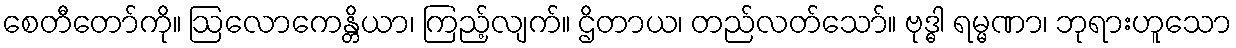
စေတီတော်ကို။ ဩလောကေန္တိယာ၊ ကြည့်လျက်။ ဌိတာယ၊ တည်လတ်သော်။ ဗုဒ္ဓါ ရမ္မဏာ၊ ဘုရားဟူသော